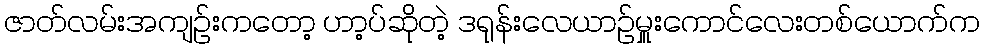
ဇာတ်လမ်းအကျဥ်းကတော့ ဟာ့ပ်ဆိုတဲ့ ဒရုန်းလေယာဥ်မှူးကောင်လေးတစ်ယောက်က